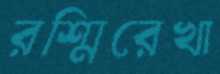
রশ্মিরেখা